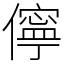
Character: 儜